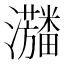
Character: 𱪓